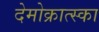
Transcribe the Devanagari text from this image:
देमोक्रात्स्का